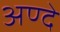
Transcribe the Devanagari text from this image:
अण्दे